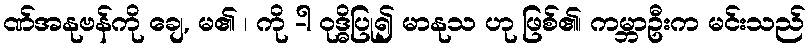
ဏ်အနုဗန်ကို ချေ, မ၏ ၊ ကို -ါ ဝုဒ္ဓိပြု၍ မာနုသ ဟု ဖြစ်၏၊ ကမ္ဘာဦးက မင်းသည်